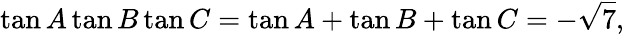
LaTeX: \tan A\tan B\tan C=\tan A+\tan B+\tan C=-{\sqrt{7}},